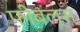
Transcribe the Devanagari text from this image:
फीबल्स